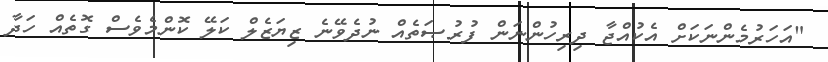
"އަހަރުމެންނަކަށް އެކުއްޖާ ދިރިހުންނަން ފުރުޞަތެއް ނުދެވޭނެ ޒިޔަޒެލް ކަލޭ ކޮންމެވެސް ގޮތެއް ހަދާ